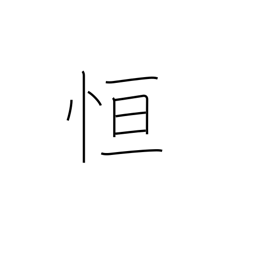
Meaning: always